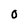
Character: O